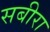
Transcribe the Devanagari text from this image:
सबीरा